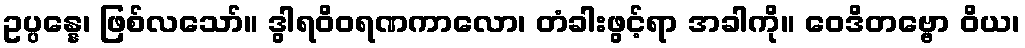
ဥပ္ပန္နေ၊ ဖြစ်လသော်။ ဒွါရဝိဝရဏကာလော၊ တံခါးဖွင့်ရာ အခါကို။ ဝေဒိတဗ္ဗော ဝိယ၊